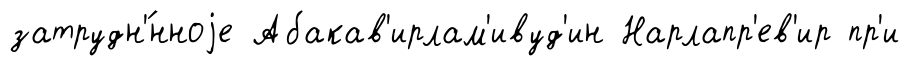
затрудн'́нноjе Абакав'ирлам'ивуд'ин Нарлапр'ев'ир пр'и